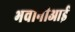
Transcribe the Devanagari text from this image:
भवानीआई